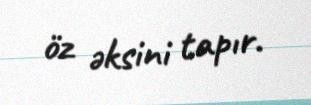
öz əksini tapır.